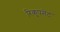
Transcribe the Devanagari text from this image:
रिकूपमेंट